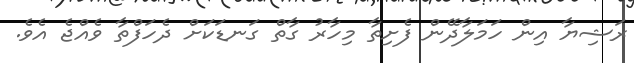
ރަޝިޔާ އިން ހަމަލާދޭން ފެށިތާ މިހާރު ގާތް ގަނޑަކަށް ދެހަފްތާ ވެއްޖެ އެވެ.